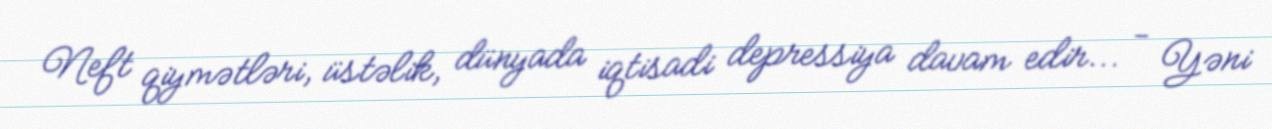
Neft qiymətləri, üstəlik, dünyada iqtisadi depressiya davam edir... - Yəni